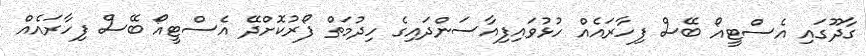
ގާދޫގައި އެސްޓީއޯ ބޭސް ފިހާރައެއް ހުޅުވައިފިއާސަންދައިގެ ހިދުމަތް ފޯރުކޮށްދޭ އެސްޓީއޯ ބޭސް ފިހާރައެއް